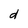
Character: d